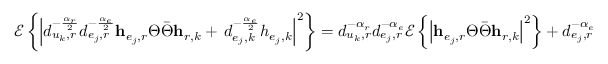
\mathscr { E } \left\{ \left| d _ { u _ { k } , r } ^ { - \frac { \alpha _ { r } } { 2 } } d _ { e _ { j } , r } ^ { - \frac { \alpha _ { e } } { 2 } } \mathbf { h } _ { e _ { j } , r } \Theta \bar { \Theta } \mathbf { h } _ { r , k } + \, d _ { e _ { j } , k } ^ { - \frac { \alpha _ { e } } { 2 } } h _ { e _ { j } , k } \right| ^ { 2 } \right\} = d _ { u _ { k } , r } ^ { - \alpha _ { r } } d _ { e _ { j } , r } ^ { - \alpha _ { e } } \mathscr { E } \left\{ \left| \mathbf { h } _ { e _ { j } , r } \Theta \bar { \Theta } \mathbf { h } _ { r , k } \right| ^ { 2 } \right\} + d _ { e _ { j } , r } ^ { - \alpha _ { e } }